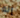
إنه